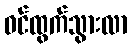
ဝင်ထွက်သွားလာ